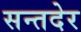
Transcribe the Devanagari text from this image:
सन्तदेर